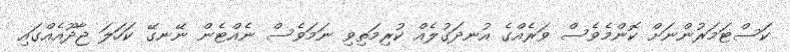
ކަސްޓަމަރުންނަށް ކޮންމެވެސް ވަރެއްގެ އުނދަގުލެއް ކުރިމަތިވި ނަމަވެސް ނެއްޓެން ނޭނގޭ ކަހަލަ ޖާދޫއެއްގައި